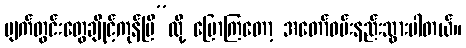
မျက်တွင်းတွေချိုင့်ကုန်ပြီ”လို့ ပြောကြတော့ အတော်ဝမ်းနည်းသွားပါတယ်။